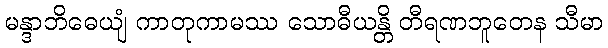
မန္ဒာဘိဓေယျံ ကာတုကာမဿ သောဓီယန္တိ တီရဏဘူတေန သီမာ